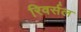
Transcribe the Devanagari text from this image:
रिवर्सल